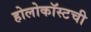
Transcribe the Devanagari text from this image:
होलोकॉस्टची